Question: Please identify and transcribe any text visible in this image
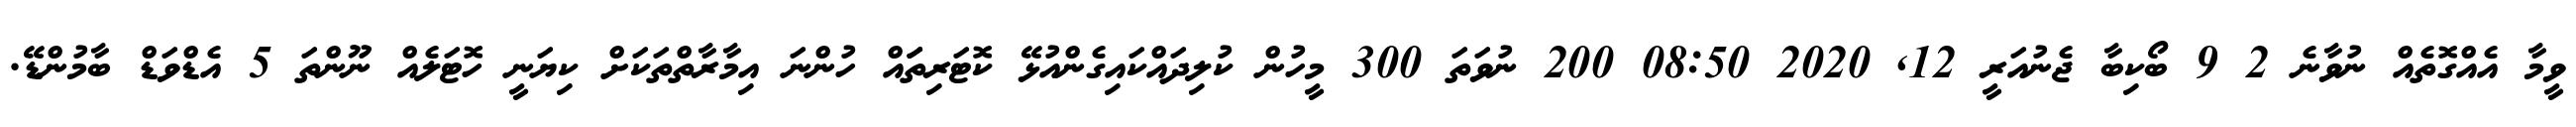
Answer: ވީމާ އެއްގޮތެއް ނުވާނެ 2 9 ބޯކިބާ ޖެނުއަރީ 12, 2020 08:50 200 ނުވަތަ 300 މީހުން ކުލިދައްކައިގެންއުޅޭ ކޮޓަރިތަައް ހުންނަ އިމާރާތްތަކަށް ކިޔަނީ ހޮޓަލެއް ނޫންތަ 5 އެޑްވަޑް ބާމުންޑޭ.